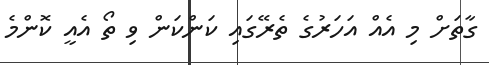
ގާތަށް މި އެއް އަހަރުގެ ތެރޭގައި ކަންކަން ވި ތޯ އެއީ ކޮންމެ